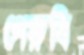
পেরুবি